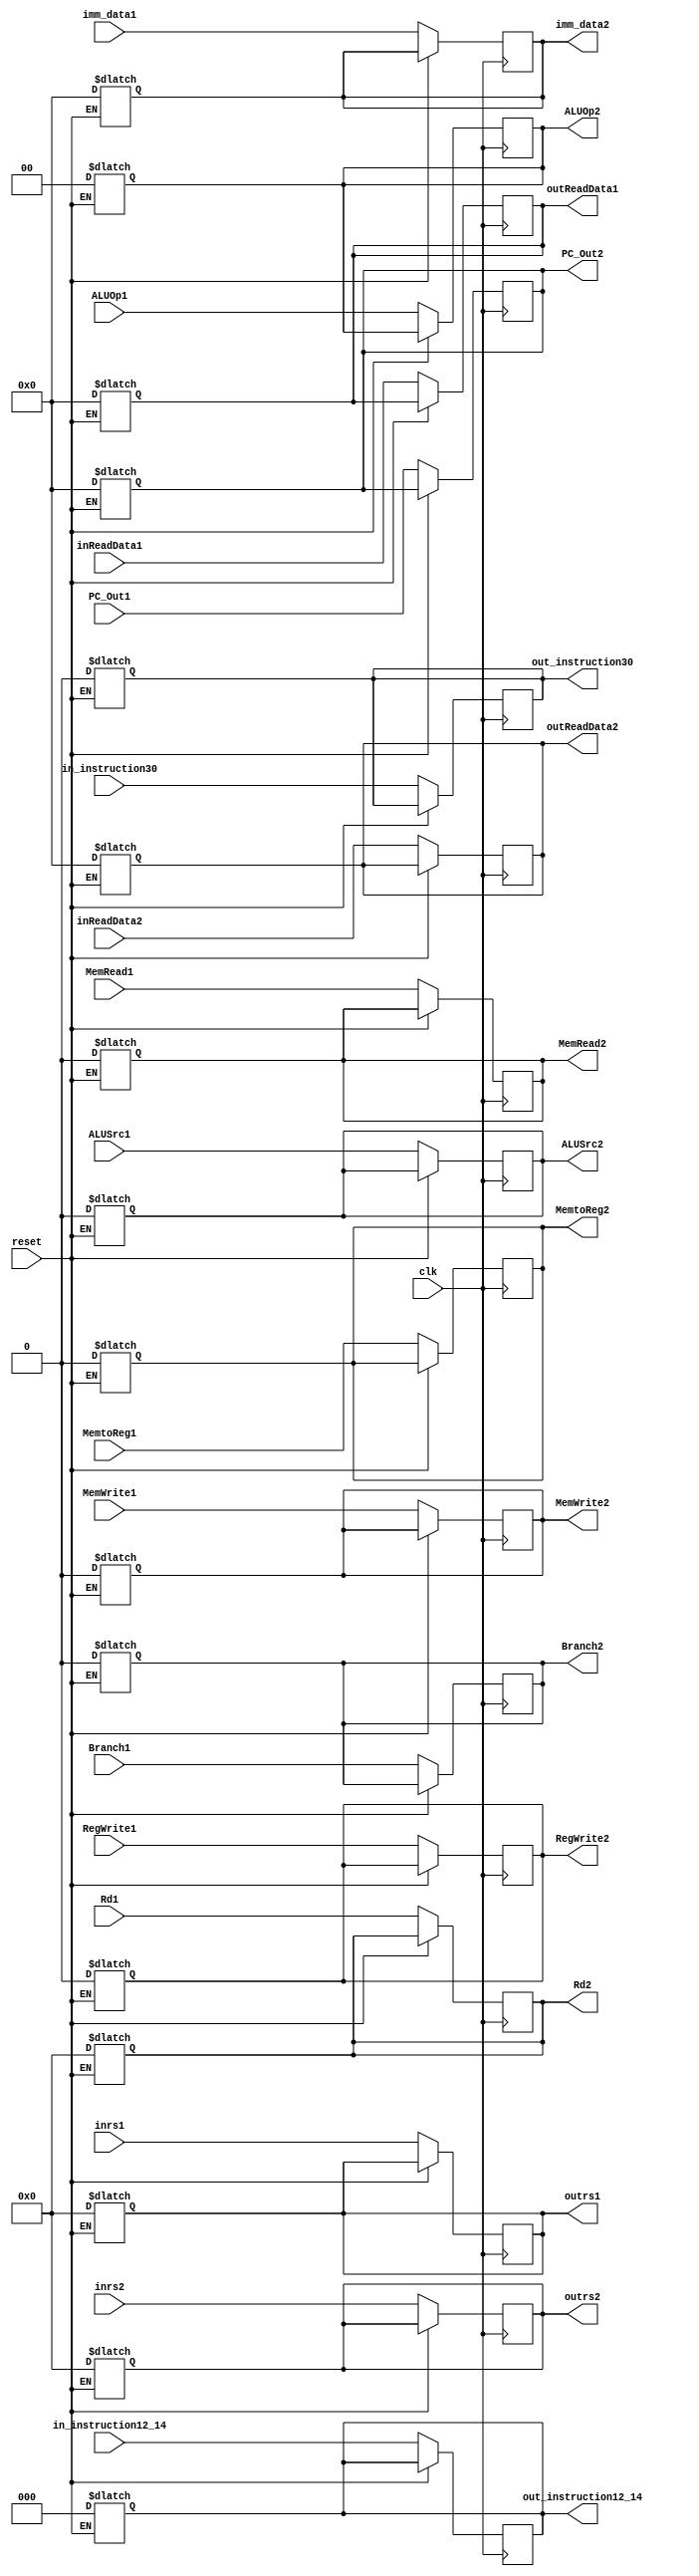
module ID_EX 
  (
  input clk, reset, 
  input [63:0] inReadData1, inReadData2, PC_Out1,imm_data1,
  input [4:0] Rd1, inrs1, inrs2, 
  input [2:0] in_instruction12_14,
  input in_instruction30,
  input Branch1, MemRead1, MemtoReg1, MemWrite1, ALUSrc1, RegWrite1,
  input [1:0] ALUOp1,
  output reg [63:0] outReadData1, outReadData2, PC_Out2, imm_data2,
  output reg Branch2, MemRead2, MemtoReg2, MemWrite2, ALUSrc2, RegWrite2,
  output reg [1:0] ALUOp2,
  output reg [4:0] Rd2, outrs1, outrs2, 
  output reg [2:0] out_instruction12_14,
  output reg out_instruction30
  
  );
  always @ (reset)
  begin
    if (reset)
      begin
        outReadData1 <= 64'b0;
        outReadData2 <= 64'b0;
        PC_Out2 <= 64'b0;
        imm_data2 <= 64'b0;
        Rd2 <= 5'b0;
        outrs1 <= 5'b0;
        outrs2 <= 5'b0;
        out_instruction12_14 <= 3'b0;
        out_instruction30 <= 0;
        Branch2 <= 0;
        MemRead2 <= 0; 
        MemtoReg2 <= 0; 
        MemWrite2 <= 0;
        ALUSrc2 <= 0; 
        RegWrite2 <= 0;
        ALUOp2 <= 2'b0;
      end
  end
  always @ (posedge clk)
  begin
    if (!reset)
      begin
        outReadData1 <= inReadData1;
        outReadData2 <= inReadData2;
        PC_Out2 <= PC_Out1;
        imm_data2 <= imm_data1;
        Rd2 <= Rd1;
        outrs1 <= inrs1;
        outrs2 <= inrs2;
        out_instruction12_14 <= in_instruction12_14;
        out_instruction30 <= in_instruction30;
        Branch2 <= Branch1;
        MemRead2 <= MemRead1; 
        MemtoReg2 <= MemtoReg1; 
        MemWrite2 <= MemWrite1;
        ALUSrc2 <= ALUSrc1; 
        RegWrite2 <= RegWrite1;
        ALUOp2 <= ALUOp1;
      end
  end
  
  
endmodule